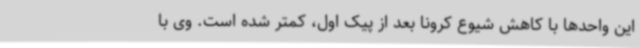
این واحدها با کاهش شیوع کرونا بعد از پیک اول، کمتر شده است. وی با